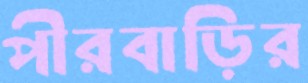
পীরবাড়ির